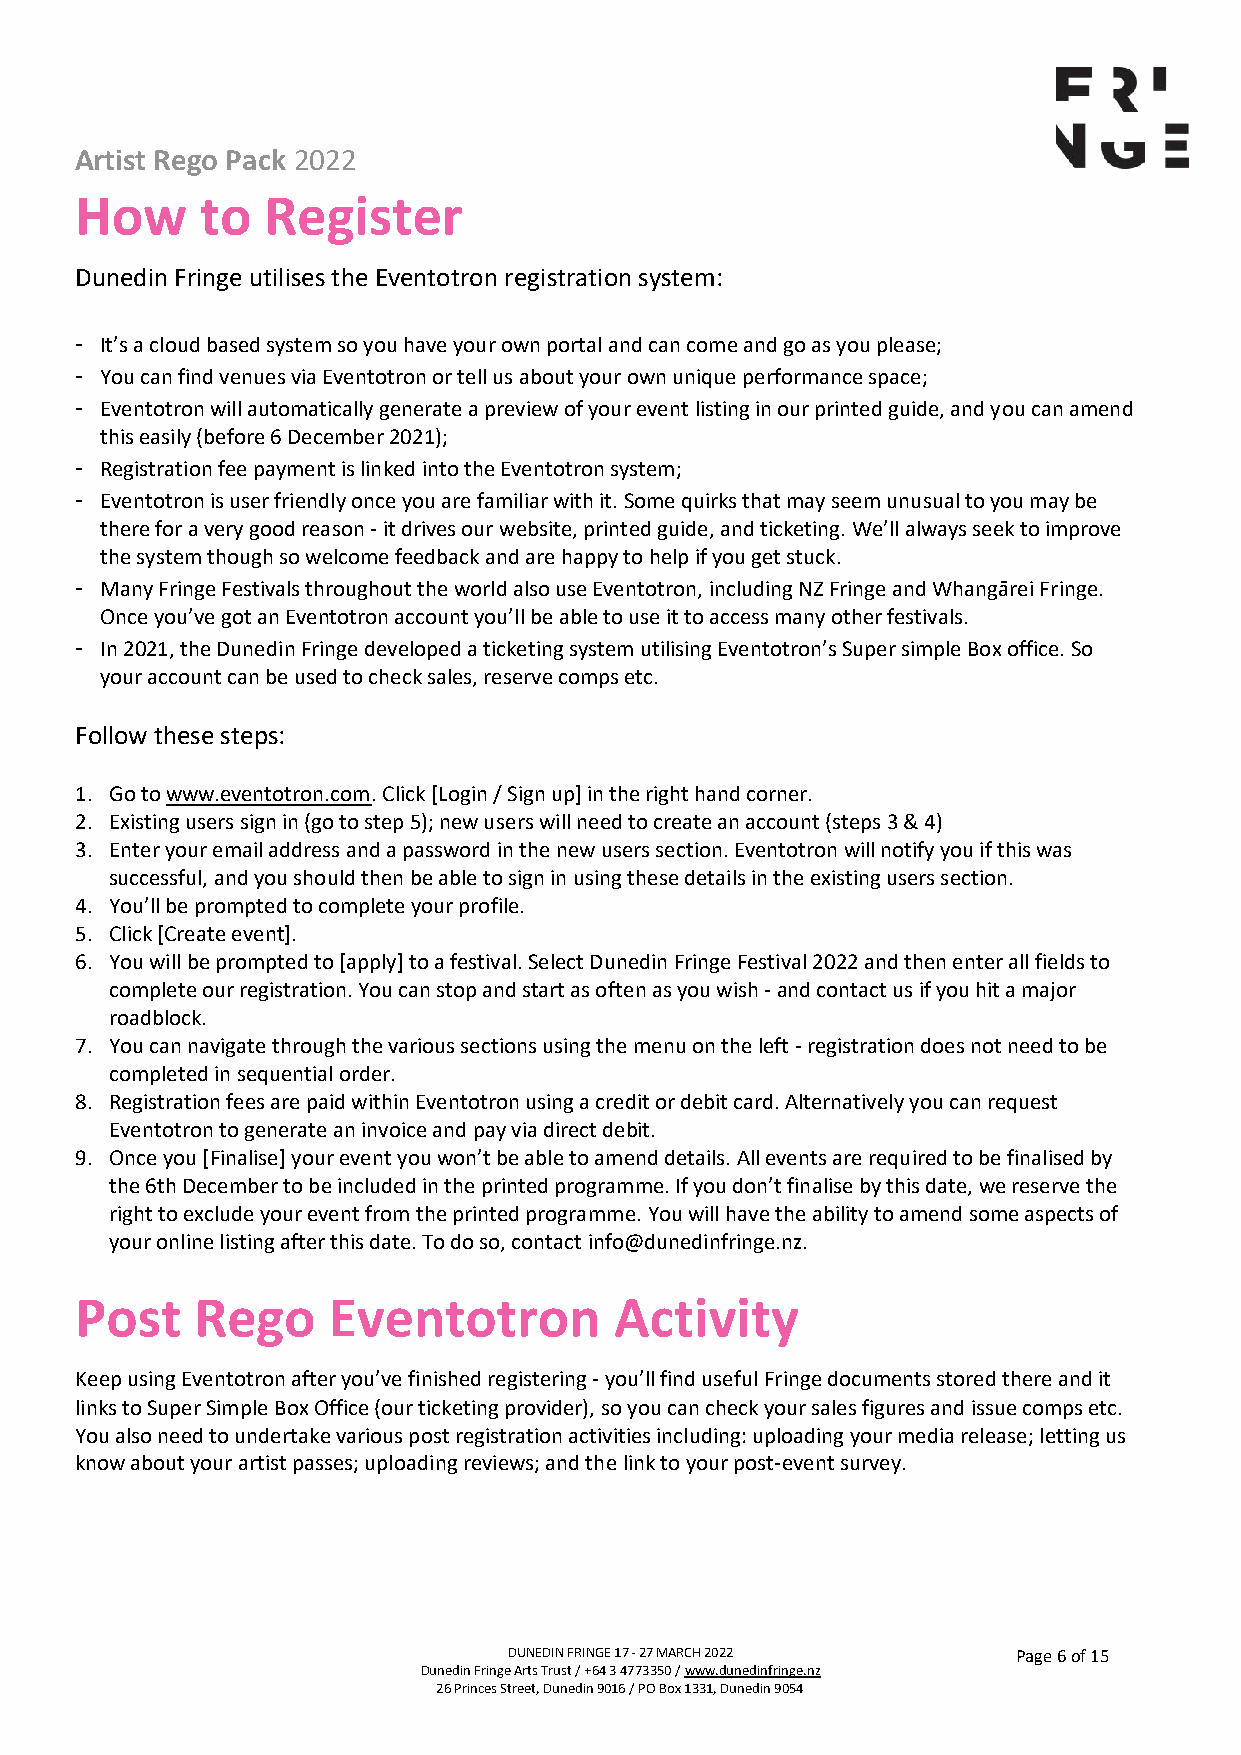
Artist Rego Pack 2022
 How     to  Register
 Dunedin Fringe utilises the Eventotron registration system:
 - It’s a cloud based system so you have your own portal and can come and go as you please;
 - You can find venues via Eventotron or tell us about your own unique performance space;
 - Eventotron will automatically generate a preview of your event listing in our printed guide, and you can amend
 this easily (before 6 December 2021);
 - Registration fee payment is linked into the Eventotron system;
 - Eventotron is user friendly once you are familiar with it. Some quirks that may seem unusual to you may be
 there for a very good reason - it drives our website, printed guide, and ticketing. We’ll always seek to improve
 the system though so welcome feedback and are happy to help if you get stuck.
 - Many Fringe Festivals throughout the world also use Eventotron, including NZ Fringe and Whangārei Fringe.
 Once you’ve got an Eventotron account you’ll be able to use it to access many other festivals.
 - In 2021, the Dunedin Fringe developed a ticketing system utilising Eventotron’s Super simple Box office. So
 your account can be used to check sales, reserve comps etc.
 Follow these steps:
 1. Go to www.eventotron.com. Click [Login / Sign up] in the right hand corner.
 2. Existing users sign in (go to step 5); new users will need to create an account (steps 3 & 4)
 3. Enter your email address and a password in the new users section. Eventotron will notify you if this was
 successful, and you should then be able to sign in using these details in the existing users section.
 4. You’ll be prompted to complete your profile.
 5. Click [Create event].
 6. You will be prompted to [apply] to a festival. Select Dunedin Fringe Festival 2022 and then enter all fields to
 complete our registration. You can stop and start as often as you wish - and contact us if you hit a major
 roadblock.
 7. You can navigate through the various sections using the menu on the left - registration does not need to be
 completed in sequential order.
 8. Registration fees are paid within Eventotron using a credit or debit card. Alternatively you can request
 Eventotron to generate an invoice and pay via direct debit.
 9. Once you [Finalise] your event you won’t be able to amend details. All events are required to be finalised by
 the 6th December to be included in the printed programme. If you don’t finalise by this date, we reserve the
 right to exclude your event from the printed programme. You will have the ability to amend some aspects of
 your online listing after this date. To do so, contact info@dunedinfringe.nz.
 Post    Rego     Eventotron         Activity
 Keep using Eventotron after you’ve finished registering - you’ll find useful Fringe documents stored there and it
 links to Super Simple Box Office (our ticketing provider), so you can check your sales figures and issue comps etc.
 You also need to undertake various post registration activities including: uploading your media release; letting us
 know about your artist passes; uploading reviews; and the link to your post-event survey.
 DUNEDIN FRINGE 17 - 27 MARCH 2022 Page 6 of 15
 Dunedin Fringe Arts Trust / +64 3 4773350 / www.dunedinfringe.nz
 26 Princes Street, Dunedin 9016 / PO Box 1331, Dunedin 9054